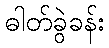
ဓါတ်ခွဲခန်း